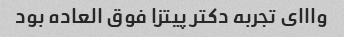
وااای تجربه دکتر پیتزا فوق العاده بود